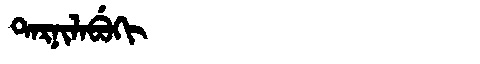
Manchu: ᡨᠠᡵᠨᡳᠯᠠᠪᡠᡴᡳ
Romanization: TARNILABUKI